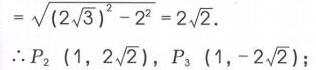
\(=\sqrt{(2\sqrt{3})^{2}-2^{2}} = 2\sqrt{2}\).
\(\therefore P_{2}(1,2\sqrt{2}),P_{3}(1,-2\sqrt{2})\);